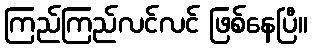
ကြည်ကြည်လင်လင် ဖြစ်နေပြီ။